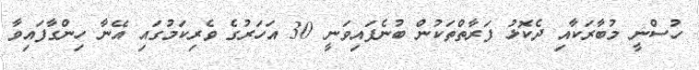
ހުސްނީ މުބާރަކާއި ދެކޮޅު ފަރާތްތަކުން ބުނެފައިވަނީ 30 އަހަރުގެ ވެރިކަމުގައި އޭނާ ހިންގާފައިވާ